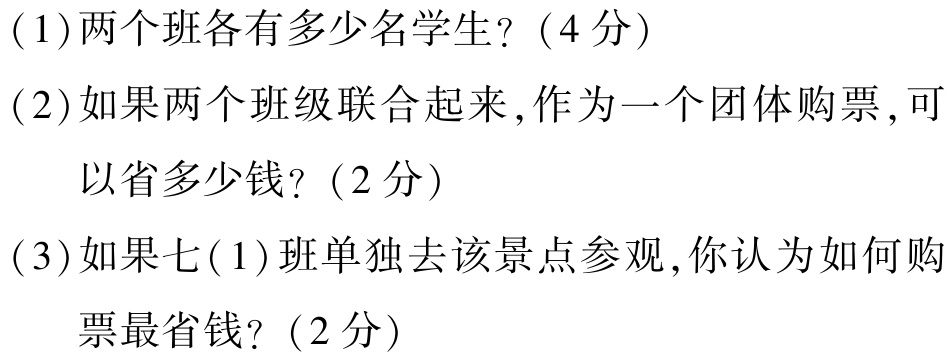
(1)两个班各有多少名学生?（4分）

(2)如果两个班级联合起来,作为一个团体购票,可以省多少钱?（2分）

(3)如果七(1)班单独去该景点参观,你认为如何购票最省钱?（2分）